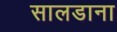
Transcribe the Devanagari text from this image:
सालडाना